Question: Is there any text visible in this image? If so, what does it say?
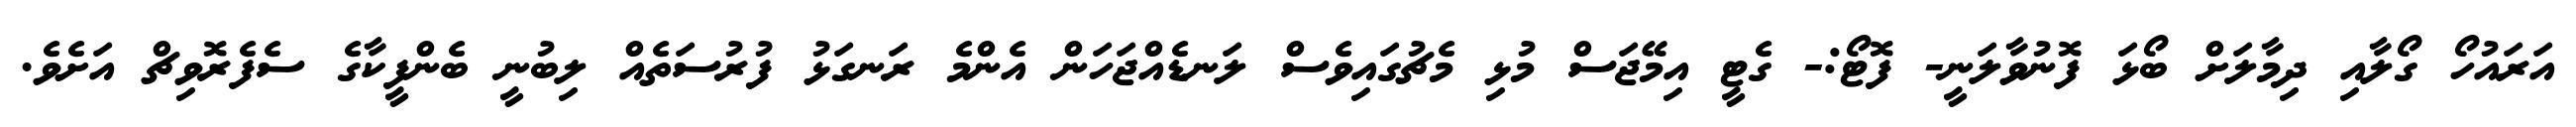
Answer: އަރައުހޯ ގޯލާއި ދިމާލަށް ބޯޅަ ފޮނުވާލަނީ- ފޮޓޯ:- ގެޓީ އިމޭޖަސް މުޅި މެޗުގައިވެސް ލަނޑެއްޖަހަން އެންމެ ރަނގަޅު ފުރުސަތެއް ލިބުނީ ބެންފީކާގެ ސެފެރޮވިޗް އަށެވެ.